Civil Veterinary Department Bengal reports 1933-51 - 1933-1951
Year: 1933
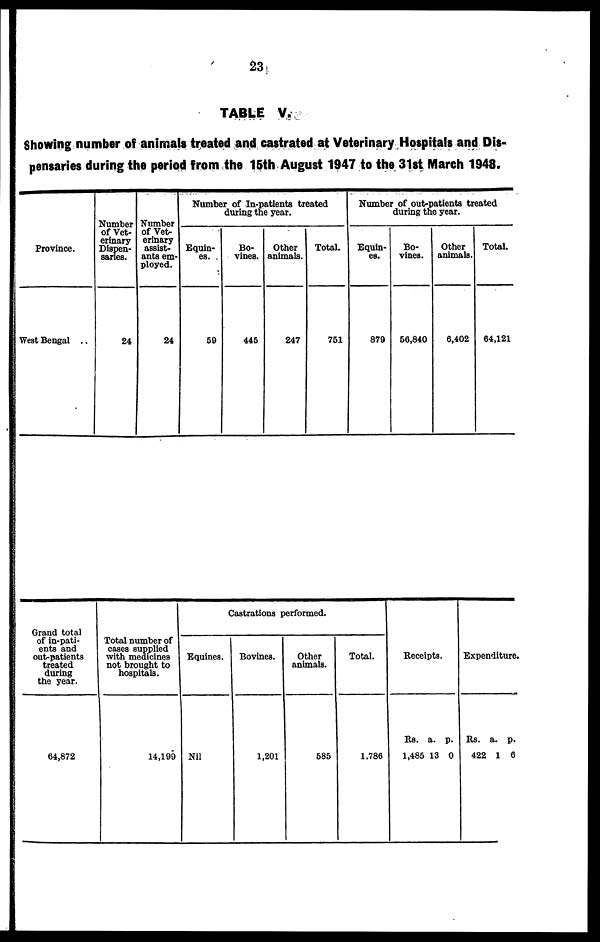
23
TABLE V.
Showing number of animals treated and castrated at Veterinary Hospitals and Dis-
pensaries during the period from the 15th August 1947 to the 31st March 1948.
Province.
West Bengal ..
Number
of Vet-
erinary
Dispen-
saries.
24
Number
of Vet-
erinary
assist-
ants em-
ployed.
24
Number of In-patients treated
during the year.
Equin-
es.
59
Bo-
vines.
445
Other
animals.
247
Total.
751
Number of out-patients treated
during the year.
Equin-
es.
879
Bo-
vines.
56,840
Other
animals.
6,402
Total.
64,121
Grand total
of in-pati-
ents and
out-patients
treated
during
the year.
64,872
Total number of
cases supplied
with medicines
not brought to
hospitals.
14,199
Castrations performed.
Equines.
Nil
Bovines.
1,201
Other
animals.
585
Total.
1.786
Receipts.
Rs.
1,485
a.
13
p.
0
Expediture.
Rs.
422
a.
1
p.
6